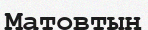
Матовтың